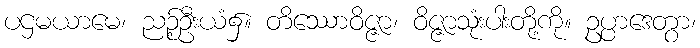
ပဌမယာမေ၊ ညဉ့်ဦးယံ၌။ တိဿောဝိဇ္ဇာ၊ ဝိဇ္ဇာသုံးပါးတို့ကို။ ဥပ္ပာဒေတွာ၊